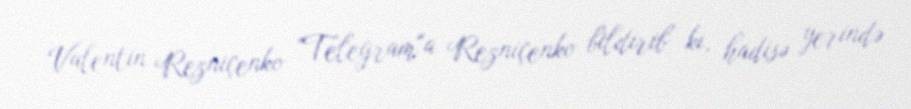
Valentin Rezniçenko "Telegram"a Rezniçenko bildirib ki, hadisə yerində